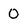
Character: O